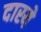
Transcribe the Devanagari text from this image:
दास्ये